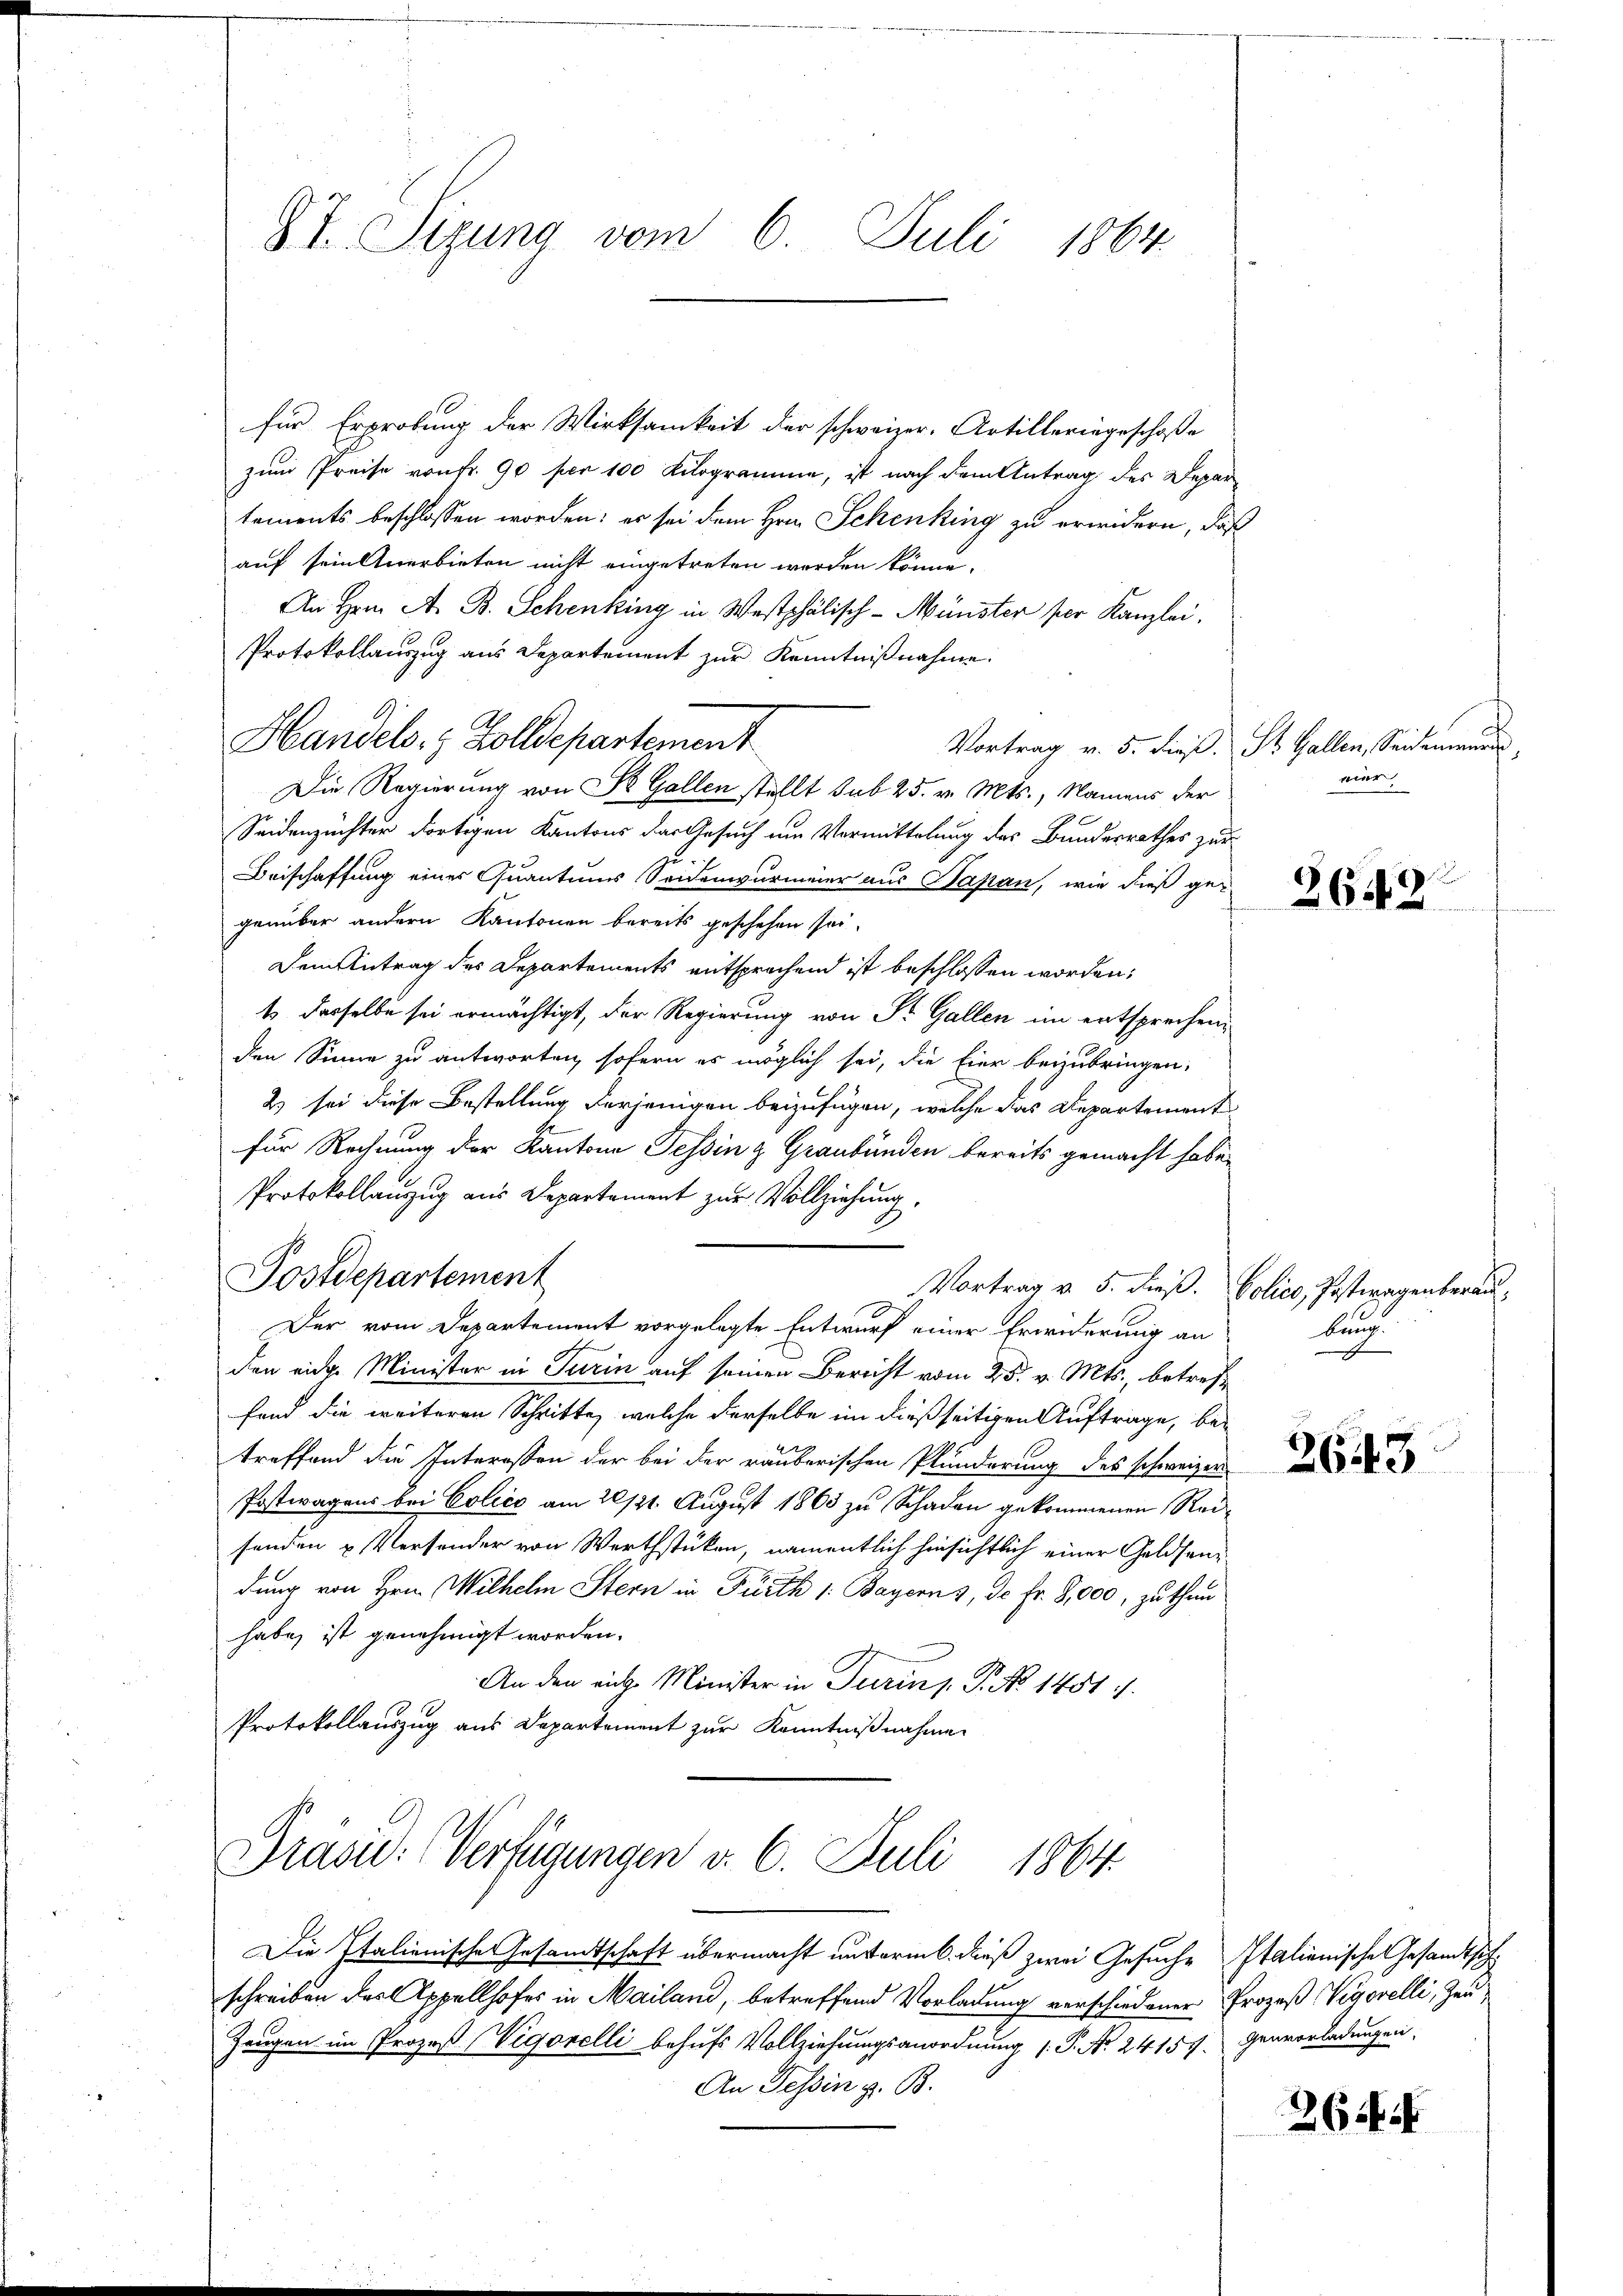
87. Sizung vom 6. Juli 1864

für Erprobung der Wirksamkeit der schweizer. Artilleringeschoße
zum Preise von fr. 90 per 100 Kilogramme, ist nach dem Antrag des Departements beschlossen worden; er sei dem Hrn. Schenking zu erwidern, daß
auf sein Anerbieten nicht eingetreten werden könne.
An Hrnn A. B. Schenking in Westphälisch-Münster per Kanzlei.
Protokollauszug aus Departement zur Kenntnißnahme.
Handels- & Zolldepartement
Die Regierung von St. Gallen stellt sub 25. v. Mts., Namens der
Seidenzüchter dortigen Kantons der Gesuch um Vermittelung des Bundesrathes zur
Beischaffung einer Quantums Seidenwurmeier aus Papan, wie dieß gegenüber andern Kantonen bereits geschehen sei.
Dem Antrag des Departements entsprechend ist beschlossen worden;
t dasselbe sei ermächtigt, der Regierung von Sr. Gallen im entsprechen,
den Sinne zu antworten, sofern es möglich sei, die Eier beizubringen.
2) sei diese Bestellung derjenigen beizufügen, welche das Departement
für Rechnung der Kantone Tessin & Graubünden bereits gemacht habe,
Protokollanzug aus Departement zur Vollziehung,
Postdepartement
Vortrag v. 5. dieß. Polico, Postwagenberau
Der vom Departement vorgelegte Entwurf einer Erwiderung an
den eidge Minister in Turin auf seinen Bericht vom 25. v. Mts., betreff
fand die weiteren Schritte, welche derselbe im dießseitigen Auftrage, betreffend die Interessen der bei der räuberischen Plünderung des schweizer
Postwagens bei Colice am 20/21. August 1865 zu Schaden gekommenen Reisenden u. Versonder von Werthstücken, namentlich hinsichtlich einer Geldsendung von Hrn. Wilhelm Stern in Fürth 1: Bayerns, de fr. 8,000, zu thun
habe, ist genehmigt worden.
An den riche Minister in Turin 1. P. No. 1451.
Protokollauszug aus Departement zur Kenntnißnahmen
Präsid: Verfügungen v. 6. Juli 1864.
Die Italienische Gesamtschaft übermacht untermb. dieß zwei Gesuche Italienische Gesandtsch
schreiben das Appellhofes in Mailand, betreffend Vorladung verschiedener Prozeß Vigorelli, Zeu¬
Zeugen im Prozeß Vigorelli behufs Vollziehungsanordnung (: P. Nr. 24151. Genvorladungen,
An Tessin z. B.

Vortrag v. 5. dieß. St. Gallen, Seidemeures,
mer

2642

bung.
x

2643

2644